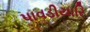
પાવડીયારિ